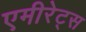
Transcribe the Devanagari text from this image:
एमीरेट्स